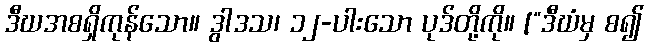
ဒီဃအစရှိကုန်သော။ ဒွါဒသ၊ ၁၂-ပါးသော ပုဒ်တို့ကို။ [“ဒီဃံမှ စ၍